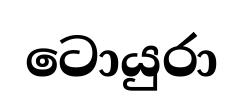
ටොයුරා